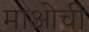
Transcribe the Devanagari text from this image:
माओची